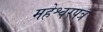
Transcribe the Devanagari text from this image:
महेश्वरपत्र